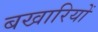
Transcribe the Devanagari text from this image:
बखारियों